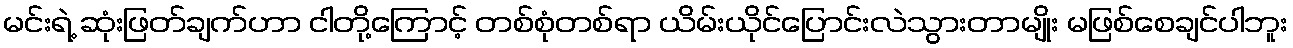
မင်းရဲ့ ဆုံးဖြတ်ချက်ဟာ ငါတို့ကြောင့် တစ်စုံတစ်ရာ ယိမ်းယိုင်ပြောင်းလဲသွားတာမျိုး မဖြစ်စေချင်ပါဘူး